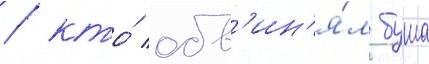
/ кто́ обв'ин'я́л буша